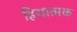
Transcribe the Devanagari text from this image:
हिसात्मक